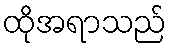
ထိုအရာသည်